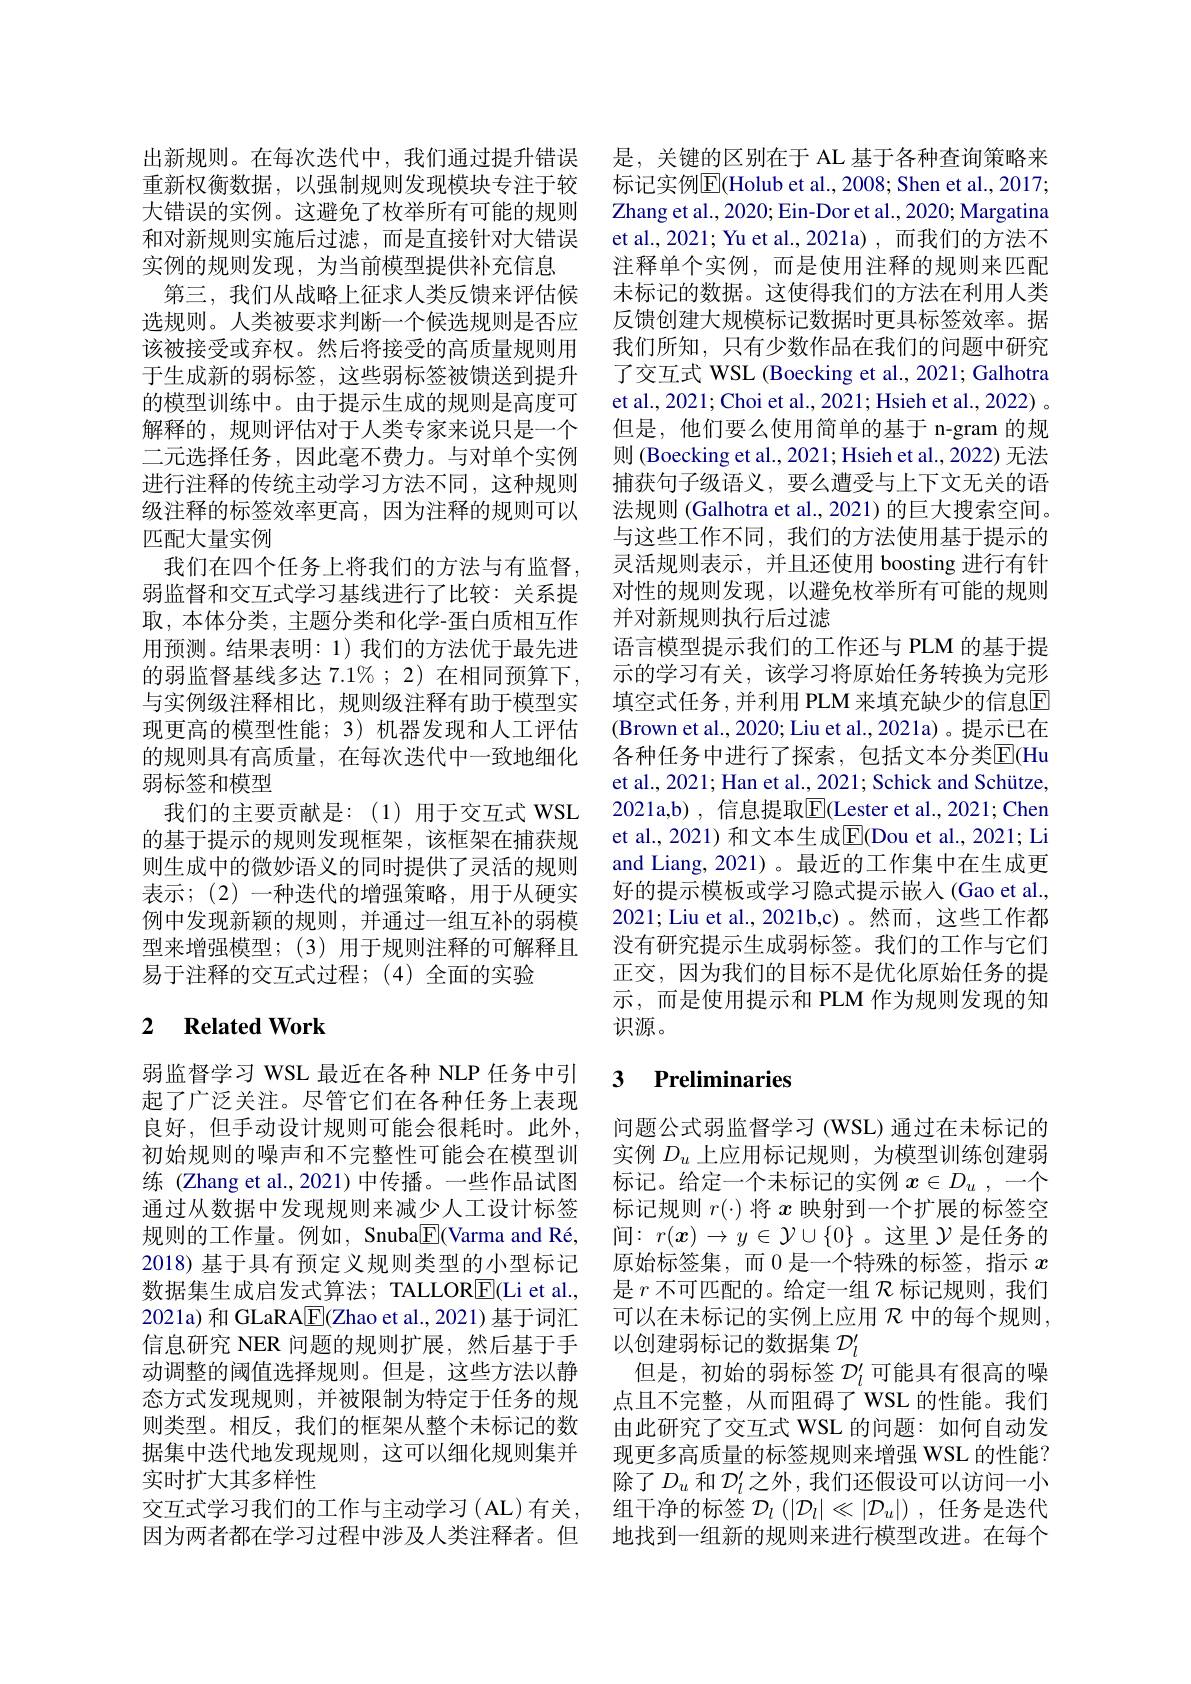
出新规则。在每次迭代中，我们通过提升错误重新权衡数据，以强制规则发现模块专注于较大错误的实例。这避免了枚举所有可能的规则和对新规则实施后过滤，而是直接针对大错误实例的规则发现，为当前模型提供补充信息
第三，我们从战略上征求人类反馈来评估候选规则。人类被要求判断一个候选规则是否应该被接受或弃权。然后将接受的高质量规则用于生成新的弱标签，这些弱标签被馈送到提升的模型训练中。由于提示生成的规则是高度可解释的，规则评估对于人类专家来说只是一个二元选择任务，因此毫不费力。与对单个实例进行注释的传统主动学习方法不同，这种规则级注释的标签效率更高，因为注释的规则可以匹配大量实例
我们在四个任务上将我们的方法与有监督， 弱监督和交互式学习基线进行了比较：关系提取，本体分类，主题分类和化学-蛋白质相互作用预测。结果表明：1)我们的方法优于最先进的弱监督基线多达 7.1% ; 2) 在相同预算下， 与实例级注释相比，规则级注释有助于模型实现更高的模型性能；3) 机器发现和人工评估的规则具有高质量，在每次迭代中一致地细化弱标签和模型
我们的主要贡献是：(1)用于交互式 WSL 的基于提示的规则发现框架，该框架在捕获规则生成中的微妙语义的同时提供了灵活的规则表示；(2)一种迭代的增强策略，用于从硬实例中发现新颖的规则，并通过一组互补的弱模型来增强模型；(3)用于规则注释的可解释且易于注释的交互式过程；(4)全面的实验

## 2 $\textbf{Related Work}$

弱监督学习 WSL 最近在各种 NLP 任务中引起了广泛关注。尽管它们在各种任务上表现良好，但手动设计规则可能会很耗时。此外初始规则的噪声和不完整性可能会在模型训练 (Zhang et al.,2021) 中传播。一些作品试图通过从数据中发现规则来减少人工设计标签规则的工作量。例如，Snuba$\boxed{\mathrm{F}}($Varma and Ré, 2018) 基于具有预定义规则类型的小型标记数据集生成启发式算法；TALLORE(Li et al., 2021a) 和 GLaRA$\underline{\mathrm{E}}($Zhao et al., 2021) 基于词汇信息研究 NER 问题的规则扩展，然后基于手动调整的阈值选择规则。但是，这些方法以静态方式发现规则，并被限制为特定于任务的规则类型。相反，我们的框架从整个未标记的数据集中迭代地发现规则，这可以细化规则集并实时扩大其多样性
交互式学习我们的工作与主动学习(AL)有关， 因为两者都在学习过程中涉及人类注释者。但

是，关键的区别在于 AL 基于各种查询策略来标记实例$\overline{\mathrm{E}}($Holub et al., 2008; Shen et al., 2017; Zhang et al. , 2020; Ein- Dor et al. , 2020; Margatina et al., 2021; Yu et al., 2021a) , 而我们的方法不注释单个实例，而是使用注释的规则来匹配未标记的数据。这使得我们的方法在利用人类反馈创建大规模标记数据时更具标签效率。据我们所知，只有少数作品在我们的问题中研究了交互式 WSL (Boecking et al., 2021; Galhotra et al., 2021; Choi et al., 2021; Hsieh et al., 2022) 。但是，他们要么使用简单的基于 n-gram 的规则 (Boecking et al., 2021; Hsieh et al., 2022) 无法捕获句子级语义，要么遭受与上下文无关的语法规则 (Galhotra et al., 2021) 的巨大搜索空间。与这些工作不同，我们的方法使用基于提示的灵活规则表示，并且还使用 boosting 进行有针对性的规则发现，以避免枚举所有可能的规则并对新规则执行后过滤
语言模型提示我们的工作还与 PLM 的基于提示的学习有关，该学习将原始任务转换为完形填空式任务，并利用 PLM 来填充缺少的信息$\overline{\mathrm{E}}$ (Brown et al., 2020; Liu et al., 2021a)。提示已在各种任务中进行了探索，包括文本分类$\overline{\mathrm{E}}($Hu et al., 2021; Han et al., 2021; Schick and Schütze, 2021a,b) , 信息提取$\overline{\mathrm{E}}($Lester et al., 2021; Chen et al., 2021) 和文本生成$\overline{\mathrm{E}}($Dou et al., 2021; Li and Liang, 2021)。最近的工作集中在生成更好的提示模板或学习隐式提示嵌入(Gao et al., 2021; Liu et al., 2021b,c)。然而，这些工作都没有研究提示生成弱标签。我们的工作与它们正交，因为我们的目标不是优化原始任务的提示，而是使用提示和 PLM 作为规则发现的知识源。

### 3 Preliminaries

问题公式弱监督学习 (WSL) 通过在未标记的实例$D_u$上应用标记规则，为模型训练创建弱标记。给定一个未标记的实例$x\in D_u$,一个标记规则$r(\cdot)$将$x$映射到一个扩展的标签空间：$r(\boldsymbol{x})\to y\in\mathcal{Y}\cup\{0\}$ 。这里$\mathcal{Y}$是任务的原始标签集，而 0 是一个特殊的标签，指示$x$ 是$r$不可匹配的。给定一组$\mathcal{R}$标记规则，我们可以在未标记的实例上应用$\mathcal{R}$中的每个规则， 以创建弱标记的数据集$\mathcal{D}_l^{\prime}$
但是，初始的弱标签$\mathcal{D}_l^\prime$可能具有很高的噪点且不完整，从而阻碍了 WSL 的性能。我们由此研究了交互式 WSL 的问题：如何自动发现更多高质量的标签规则来增强 WSL 的性能？ 除了$D_u$ 和 $\mathcal{D}_l^{\prime}$之外，我们还假设可以访问一小组干净的标签$\mathcal{D}_l\left(|\mathcal{D}_l|\ll|\mathcal{D}_u|\right)$,任务是迭代地找到一组新的规则来进行模型改进。在每个